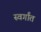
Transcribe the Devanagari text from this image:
स्वर्गांत